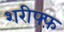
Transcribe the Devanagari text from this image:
शरीफ्फ़